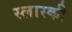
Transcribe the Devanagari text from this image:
स्लास्की